Civil Veterinary Dept. Bombay admin report 1907-1913 - 1907-1913
Year: 1907
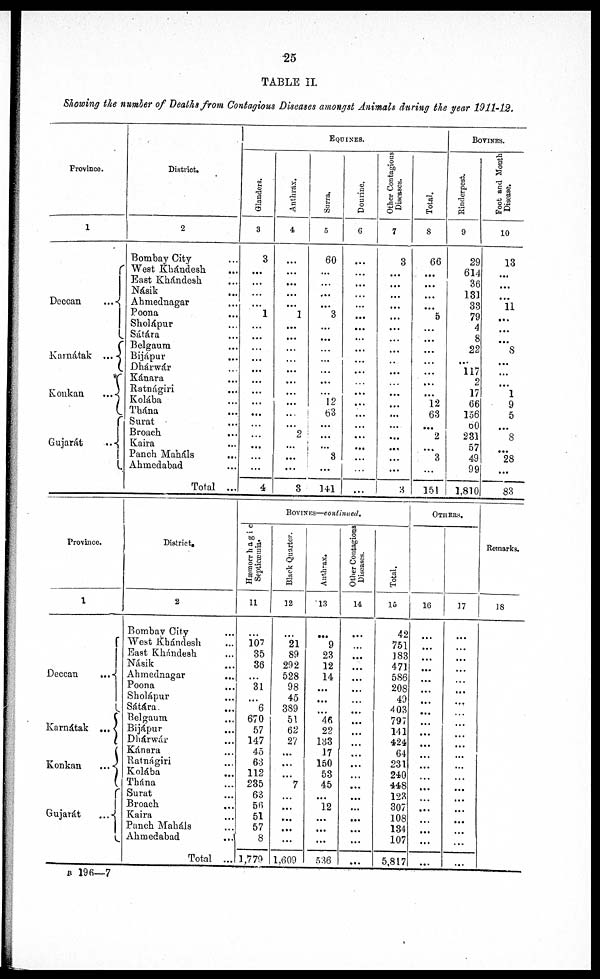
25
TABLE II
Showing the number of Deaths from Contagious Diseases amongst Animals during the year 1911-12.
Province.
1
Deccan ...
Karnátak ...
Konkan ...
Gujarát ...
District.
2
Bombay City …
West Khándesh ...
East Khándesh ...
Násik ...
Ahmednagar ...
Poona …
Sholápur ...
Sátára ...
Belgaum ...
Bijápur ...
Dhárwár ...
Kánara ...
Ratnágiri ...
Kolába ...
Thána ...
Surat ...
Broach …
Kaira …
Panch Maháls ...
Ahmedabad …
Total ...
EQUINES.
Glanders.
3
3
...
...
…
...
1
...
...
...
...
...
...
...
...
...
...
…
...
...
...
4
Anthrax.
4
…
...
...
...
...
1
...
...
...
...
...
...
...
...
...
...
2
...
...
...
3
Surra.
5
60
...
...
...
...
3
...
...
…
...
...
...
...
12
63
...
...
...
3
...
141
Dourine.
6
…
...
...
…
...
...
...
...
...
...
...
…
...
...
...
...
...
...
...
...
…
Other Contagious
Diseases.
7
3
…
...
…
...
...
...
...
...
…
...
…
…
…
...
...
...
...
...
...
3
Total.
8
66
...
...
...
...
5
...
...
...
...
…
...
...
12
63
...
2
...
3
...
151
BOVINES.
Rinderpest.
9
29
614
36
131
33
79
4
8
22
...
117
2
17
66
156
60
231
57
49
99
1,810
Foot and Mouth
Disease.
10
13
...
...
…
11
...
...
...
8
...
...
...
1
9
5
...
8
...
28
...
83
Province.
1
Deccan ...
Karnátak ...
Konkan ...
Gujarát ...
District
2
Bombay City ...
West Khándesh ...
East Khándesh ...
Násik ...
Ahmednagar ...
Poona ...
Sholápur ...
Sátára ...
Belgaum ...
Bijápur ...
Dhárwár ...
Kánara ...
Ratnágiri ...
Kolába ...
Thána ...
Surat ...
Broach …
Kaira ...
Panch Maháls ...
Ahmedabad ...
Total ...
BOVINES—continued.
Hæmorrhagic
Septicæmia.
11
…
107
35
36
...
31
...
6
670
57
147
45
63
112
235
63
56
51
57
8
1,779
Black Quarter.
12
…
21
89
292
528
98
45
389
51
62
27
...
...
…
7
…
...
...
...
...
1,609
Anthrax.
13
...
9
23
12
14
...
...
...
46
22
133
17
150
53
45
...
12
...
...
...
536
Other Contagious
Diseases.
14
…
...
...
...
...
…
…
...
...
...
…
...
...
…
...
...
...
...
...
...
...
Total.
15
42
751
183
471
586
208
49
403
797
141
424
64
231
240
448
123
307
108
134
107
5,817
OTHERS.
16
…
...
…
...
...
...
...
...
...
...
...
...
...
…
…
…
...
…
...
...
...
17
…
...
...
…
…
...
...
…
…
…
...
…
...
…
...
...
...
…
...
...
...
Remarks.
18
B 196—7